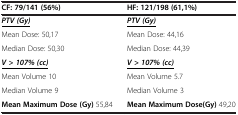
<table><thead><tr><td><b>CF: 79/141 (56%)</b></td><td><b>HF: 121/198 (61,1%)</b></td></tr></thead><tbody><tr><td><b><i><underline>PTV (Gy)</underline></i></b></td><td><b><i><underline>PTV (Gy)</underline></i></b></td></tr><tr><td>Mean Dose: 50,17</td><td>Mean Dose: 44,16</td></tr><tr><td>Median Dose: 50,30</td><td>Median Dose: 44,39</td></tr><tr><td><b><i><underline>V &gt; 107% (cc)</underline></i></b></td><td><b><i><underline>V &gt; 107% (cc)</underline></i></b></td></tr><tr><td>Mean Volume 10</td><td>Mean Volume 5.7</td></tr><tr><td>Median Volume 9</td><td>Median Volume 3</td></tr><tr><td><b>Mean Maximum Dose (Gy)</b> 55,84</td><td><b>Mean Maximum Dose(Gy)</b> 49,20</td></tr></tbody></table>